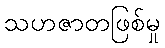
သဟဇာတဖြစ်မှု